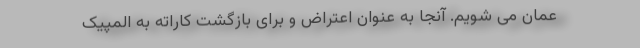
عمان می شویم. آنجا به عنوان اعتراض و برای بازگشت کاراته به المپیک